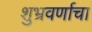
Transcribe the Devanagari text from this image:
शुभ्रवर्णाचा